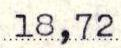
18,72